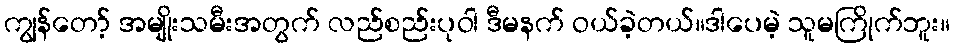
ကျွန်တော့် အမျိုးသမီးအတွက် လည်စည်းပုဝါ ဒီမနက် ဝယ်ခဲ့တယ်။ဒါပေမဲ့ သူမကြိုက်ဘူး။